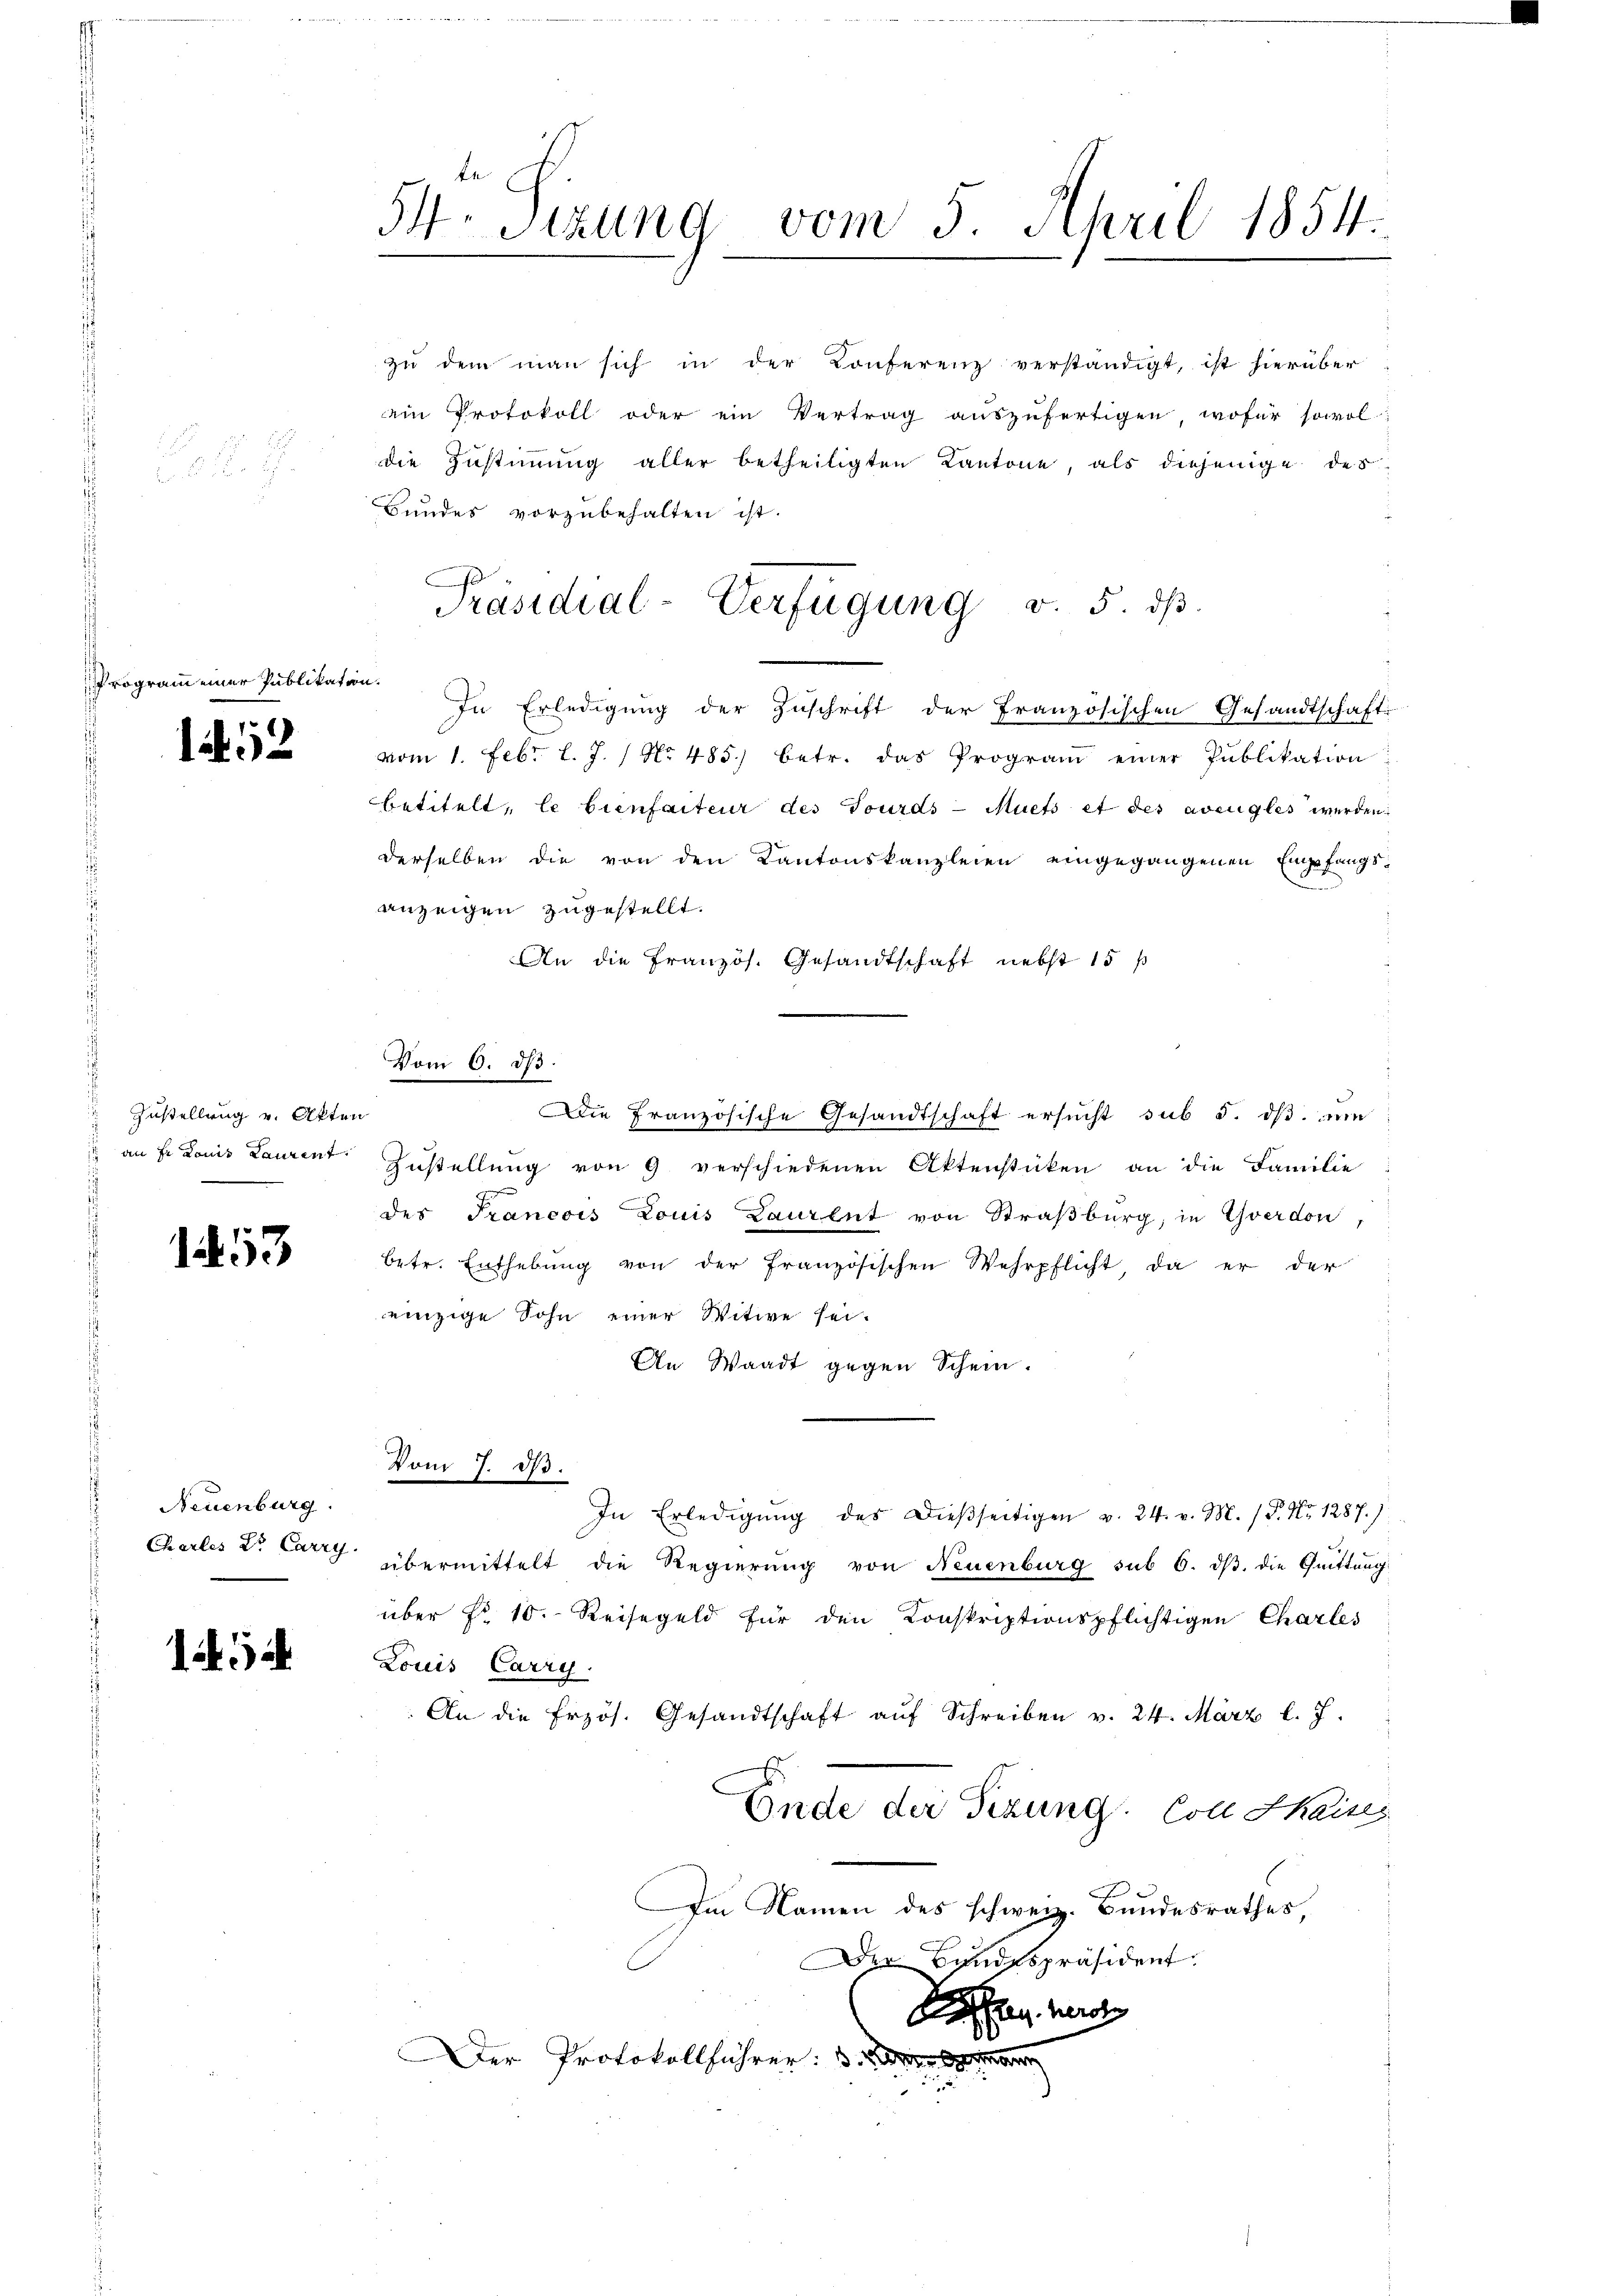
rigen

d
9

mner Publikation.

1452

Zustellung v. Akten

1453

Neuenburg

15

54. Sizung vom 5. April 1854.

zŭ dem man sich in der Konferenz verständigt, ist hierüber
ein Protokoll oder ein Vertrag aŭszŭfertigen, wofür sowol
die Zustimmung aller betheiligten Kantone, als diejenige des
Bundes vorzubehalten ist.
In Erledigung der Zuschrift der Französischen Gesandtschaft
vom 1. Febr. l. J. / No 485. betr. das Program einer Publikation
betitelt, le bienfaiteur des Tourds-Muets et des avengles werden.
derselben die von den Kantonskanzleien eingegangenen Eingefangsanzeigen zugestellt.
An die Französ. Gesandtschaft nebst 15 p
 an Fr. Louis Laurent Zustellŭng von 9 verschiedenen Aktenstücken an die Familie
des Francois Louis Laurent von Straßburg, in Yverdon,
betr. Enthebŭng von der französischen Wehrpflicht, da er der
einzige Sohn einer Witwe sei.
An Waadt gegen Schein.
Vom 7. d.
In Erledigŭng des dießseitigen v. 24. v. M. / P. Nr. 1287.)
Chartes Dr. Carry übermittelt die Regierung von Neuenburg sub 6. ds. die Quittung
über Fr. 10. Reisegeld für den Konskriptionspflichtigen Charles
Louis Carry
An die frzös. Gesandtschaft aŭf Schreiben v. 24. März l. J.
Ende der Sezung. Von Shaines
Im Namen des schweiz. Bundesrathes,
Der Bundespräsident
Kaffen wir
Der Protokollführer: da er ste

Präsidial-Verfügung v. 5. dβ.

Vom 6. ds.
Die Französische Gesandtschaft ersucht sub 5. dß. Di